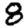
Digit: 8